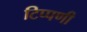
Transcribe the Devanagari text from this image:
टिप्‍पणी